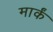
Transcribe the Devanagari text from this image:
मार्कं